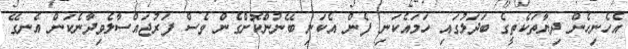
އެހެނިހެން ދިޔާތަކެތީގެ ބަދަލުގައި ހަމައެކަނި ފެން އެކަނި ބޭނުންކޮށްގެން ވެސް ފަރުޖައްސާލެވިދާނެކަން އެނގޭ